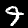
Digit: 9